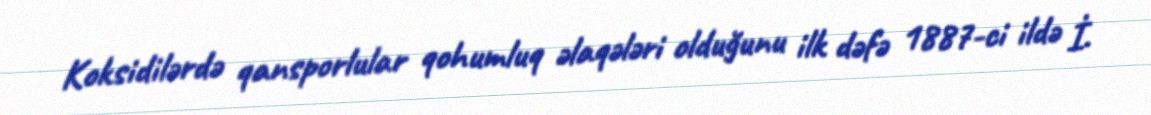
Koksidilərdə qansporlular qohumluq əlaqələri olduğunu ilk dəfə 1887-ci ildə İ.